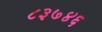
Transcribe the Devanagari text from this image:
८३७४६